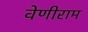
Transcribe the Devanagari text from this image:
वेणीराम